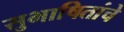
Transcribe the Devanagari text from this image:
सुभाषितांचे